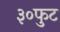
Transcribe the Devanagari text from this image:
३०फुट